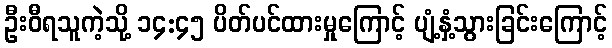
ဦးဝီရသူကဲ့သို့ ၁၄:၄၅ ပိတ်ပင်ထားမှုကြောင့် ပျံ့နှံ့သွားခြင်းကြောင့်